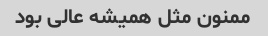
ممنون‌ مثل همیشه عالی بود